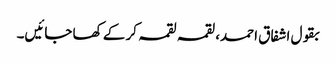
بقول اشفاق احمد، لقمہ لقمہ کر کے کھا جائیں۔